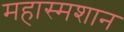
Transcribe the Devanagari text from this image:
महास्मशान